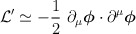
\begin{align*}{\cal{L}}'\simeq -\frac{1}{2}~\partial_\mu \mbox{\boldmath$\phi$} \cdot \partial^\mu \mbox{\boldmath$\phi$}\end{align*}